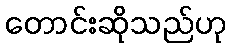
တောင်းဆိုသည်ဟု